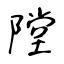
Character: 隚